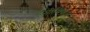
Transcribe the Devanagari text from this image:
हेमीसिर्कस